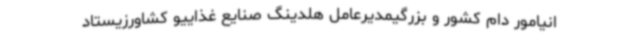
انیامور دام کشور و بزرگیمدیرعامل هلدینگ صنایع غذاییو کشاورزیستاد